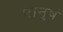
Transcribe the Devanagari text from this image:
मानुषं